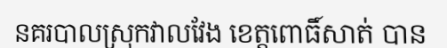
នគរបាលស្រុកវាលវែង ខេត្តពោធិ៍សាត់ បាន